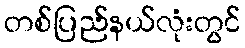
တစ်ပြည်နယ်လုံးတွင်